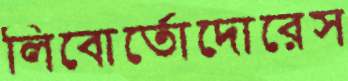
লিবোর্তোদোরেস